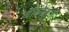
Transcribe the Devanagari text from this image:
बारनर्ड्ज़